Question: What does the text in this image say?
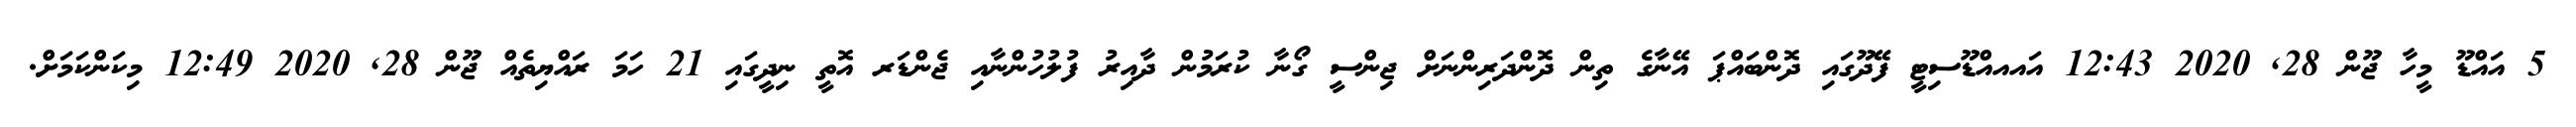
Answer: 5 އައްޑޫ މީހާ ޖޫން 28, 2020 12:43 އައއއްޑޫސިޓީ ފޭދޫގައި ދޮންބައްޕަ އޭނާގެ ތިން ދޮންދަރިންނަށް ޖިންސީ ގޯނާ ކުރަމުން ދާއިރު ފުލުހުންނާއި ޖެންޑަރ އޮތީ ނިދީގައި 21 ހަމަ ރައްޔިތެއް ޖޫން 28, 2020 12:49 މިކަންކަމަށް.